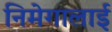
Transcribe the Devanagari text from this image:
निमेगालाई